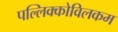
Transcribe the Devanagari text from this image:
पल्लिक्कोविलकम